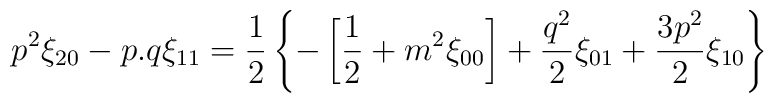
p^2\xi_{20} - p.q\xi_{11} = {1\over 2}   \left\{-\left[{1\over 2}   + m^2 \xi_{00}\right] + {q^2\over 2} \xi_{01} +   {3p^2\over 2} \xi_{10}\right\}